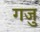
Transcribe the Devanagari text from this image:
गजु